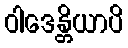
ဝါဒေန္တိယာပိ